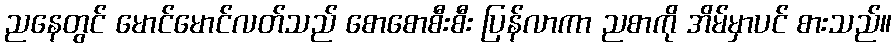
ညနေတွင် မောင်မောင်လတ်သည် စောစောစီးစီး ပြန်လာကာ ညစာကို အိမ်မှာပင် စားသည်။